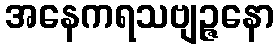
အနေကရသဗျဉ္ဇနော